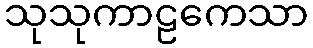
သုသုကာဠကေသာ